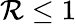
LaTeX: \mathcal{R}\leq 1